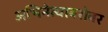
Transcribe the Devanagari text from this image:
अभिनेत्याबरोबर